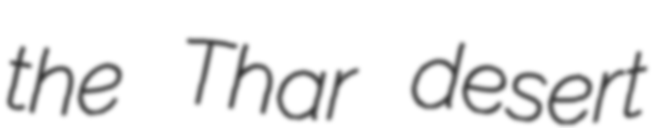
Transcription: the Thar desert